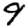
Digit: 9